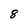
Character: 8